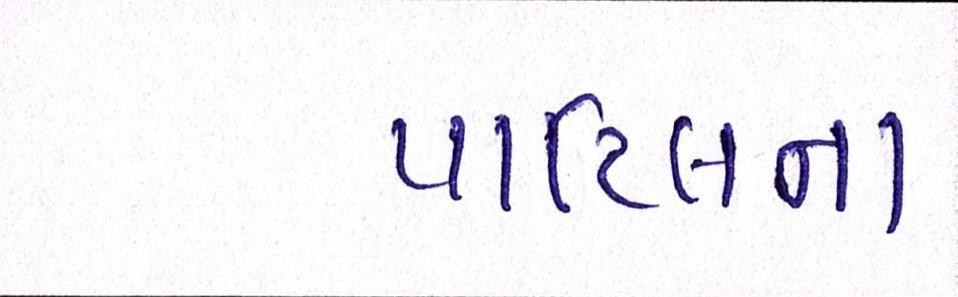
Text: પાટિલના